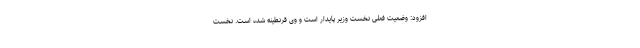
افزود: وضعیت فعلی نخست وزیر پایدار است و وی قرنطینه شده است. نخست